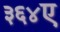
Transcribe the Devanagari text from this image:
३६४ए